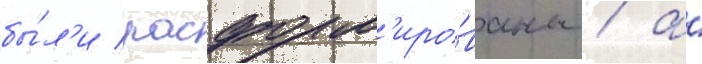
бы́л'и расформ'иро́ваны / а́